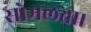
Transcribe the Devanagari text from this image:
सोमलता।